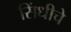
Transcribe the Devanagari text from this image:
सिंधीचे